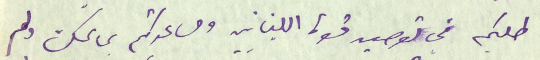
طلبكم في توصيد قوة اللبنانيين ومساعدتكم بما يمكن ولم